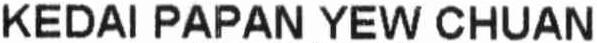
KEDAI PAPAN YEW CHUAN